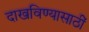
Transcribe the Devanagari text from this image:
दाखविण्यासाठीं